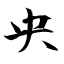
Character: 央